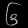
Digit: ၆